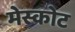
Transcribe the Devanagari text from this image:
मेस्कोट